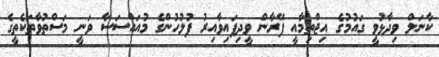
ކާނަލް ވިދާޅުވީ ގައުމުގެ އިޖްތިމާއީ ފޭރާން ވީދިފައިވާއިރު ފުލުހުންގެ މުއައްސަސާ ވަނީ މަސްތުވާތަކެތީގެ